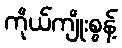
ကိုယ်ကျိုးစွန့်